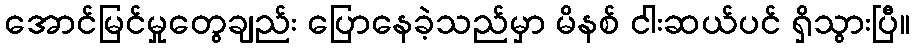
အောင်မြင်မှုတွေချည်း ပြောနေခဲ့သည်မှာ မိနစ် ငါးဆယ်ပင် ရှိသွားပြီ။